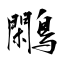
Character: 鷴